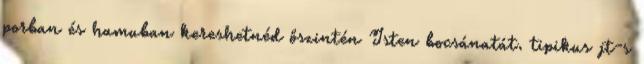
porban és hamuban kereshetnéd őszintén Isten bocsánatát. tipikus jt-s